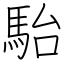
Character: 駘